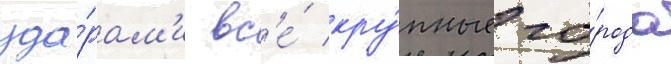
уда́рам'и вс'е́ кру́пные го́рода